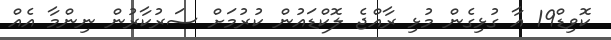
ކޮވިޑް19 އާ ގުޅިގެން މުޅި ރާއްޖެ ލޮކްޑައުން ކުރުމަށް ސަރުކާރުން ނިންމާ އެއް